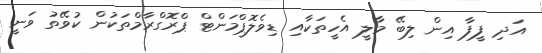
އަދި ފީފާ އިން ލިބޭ މާލީ އެހީތަކާއި ޑިވެލޮޕްމަންޓް ޕްރޮގްރާމްތަކުން ކުވޭތު ވަނީ